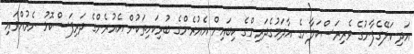
އަދި ކަލޭގެފާނުގެ ވެރިރަސްކަލާނގެ އާދަމުގެދަރިންގެ ކިބައިން އެއުރެންގެ ބުރިކަށިތަކުން އެއުރެންގެ ދަރިފަސްކޮޅު ނެރުއްވައި